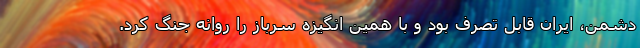
دشمن، ایران قابل تصرف بود و با همین انگیزه سرباز را روانه جنگ کرد.